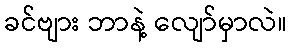
ခင်ဗျား ဘာနဲ့ လျော်မှာလဲ။